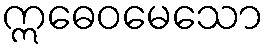
ဣဓေဝမေသော